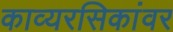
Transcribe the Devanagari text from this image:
काव्यरसिकांवर